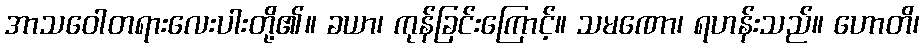
အာသဝေါတရားလေးပါးတို့၏။ ခယာ၊ ကုန်ခြင်းကြောင့်။ သမဏော၊ ရဟန်းသည်။ ဟောတိ၊